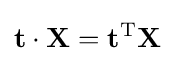
\mathbf {t} \cdot \mathbf {X} =\mathbf {t} ^{\mathrm {T} }\mathbf {X}